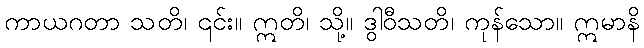
ကာယဂတာ သတိ၊ ၎င်း။ ဣတိ၊ သို့။ ဒွါဝီသတိ၊ ကုန်သော။ ဣမာနိ